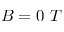
B = 0 ~ T